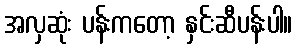
အလှဆုံး ပန်းကတော့ နှင်းဆီပန်းပါ။